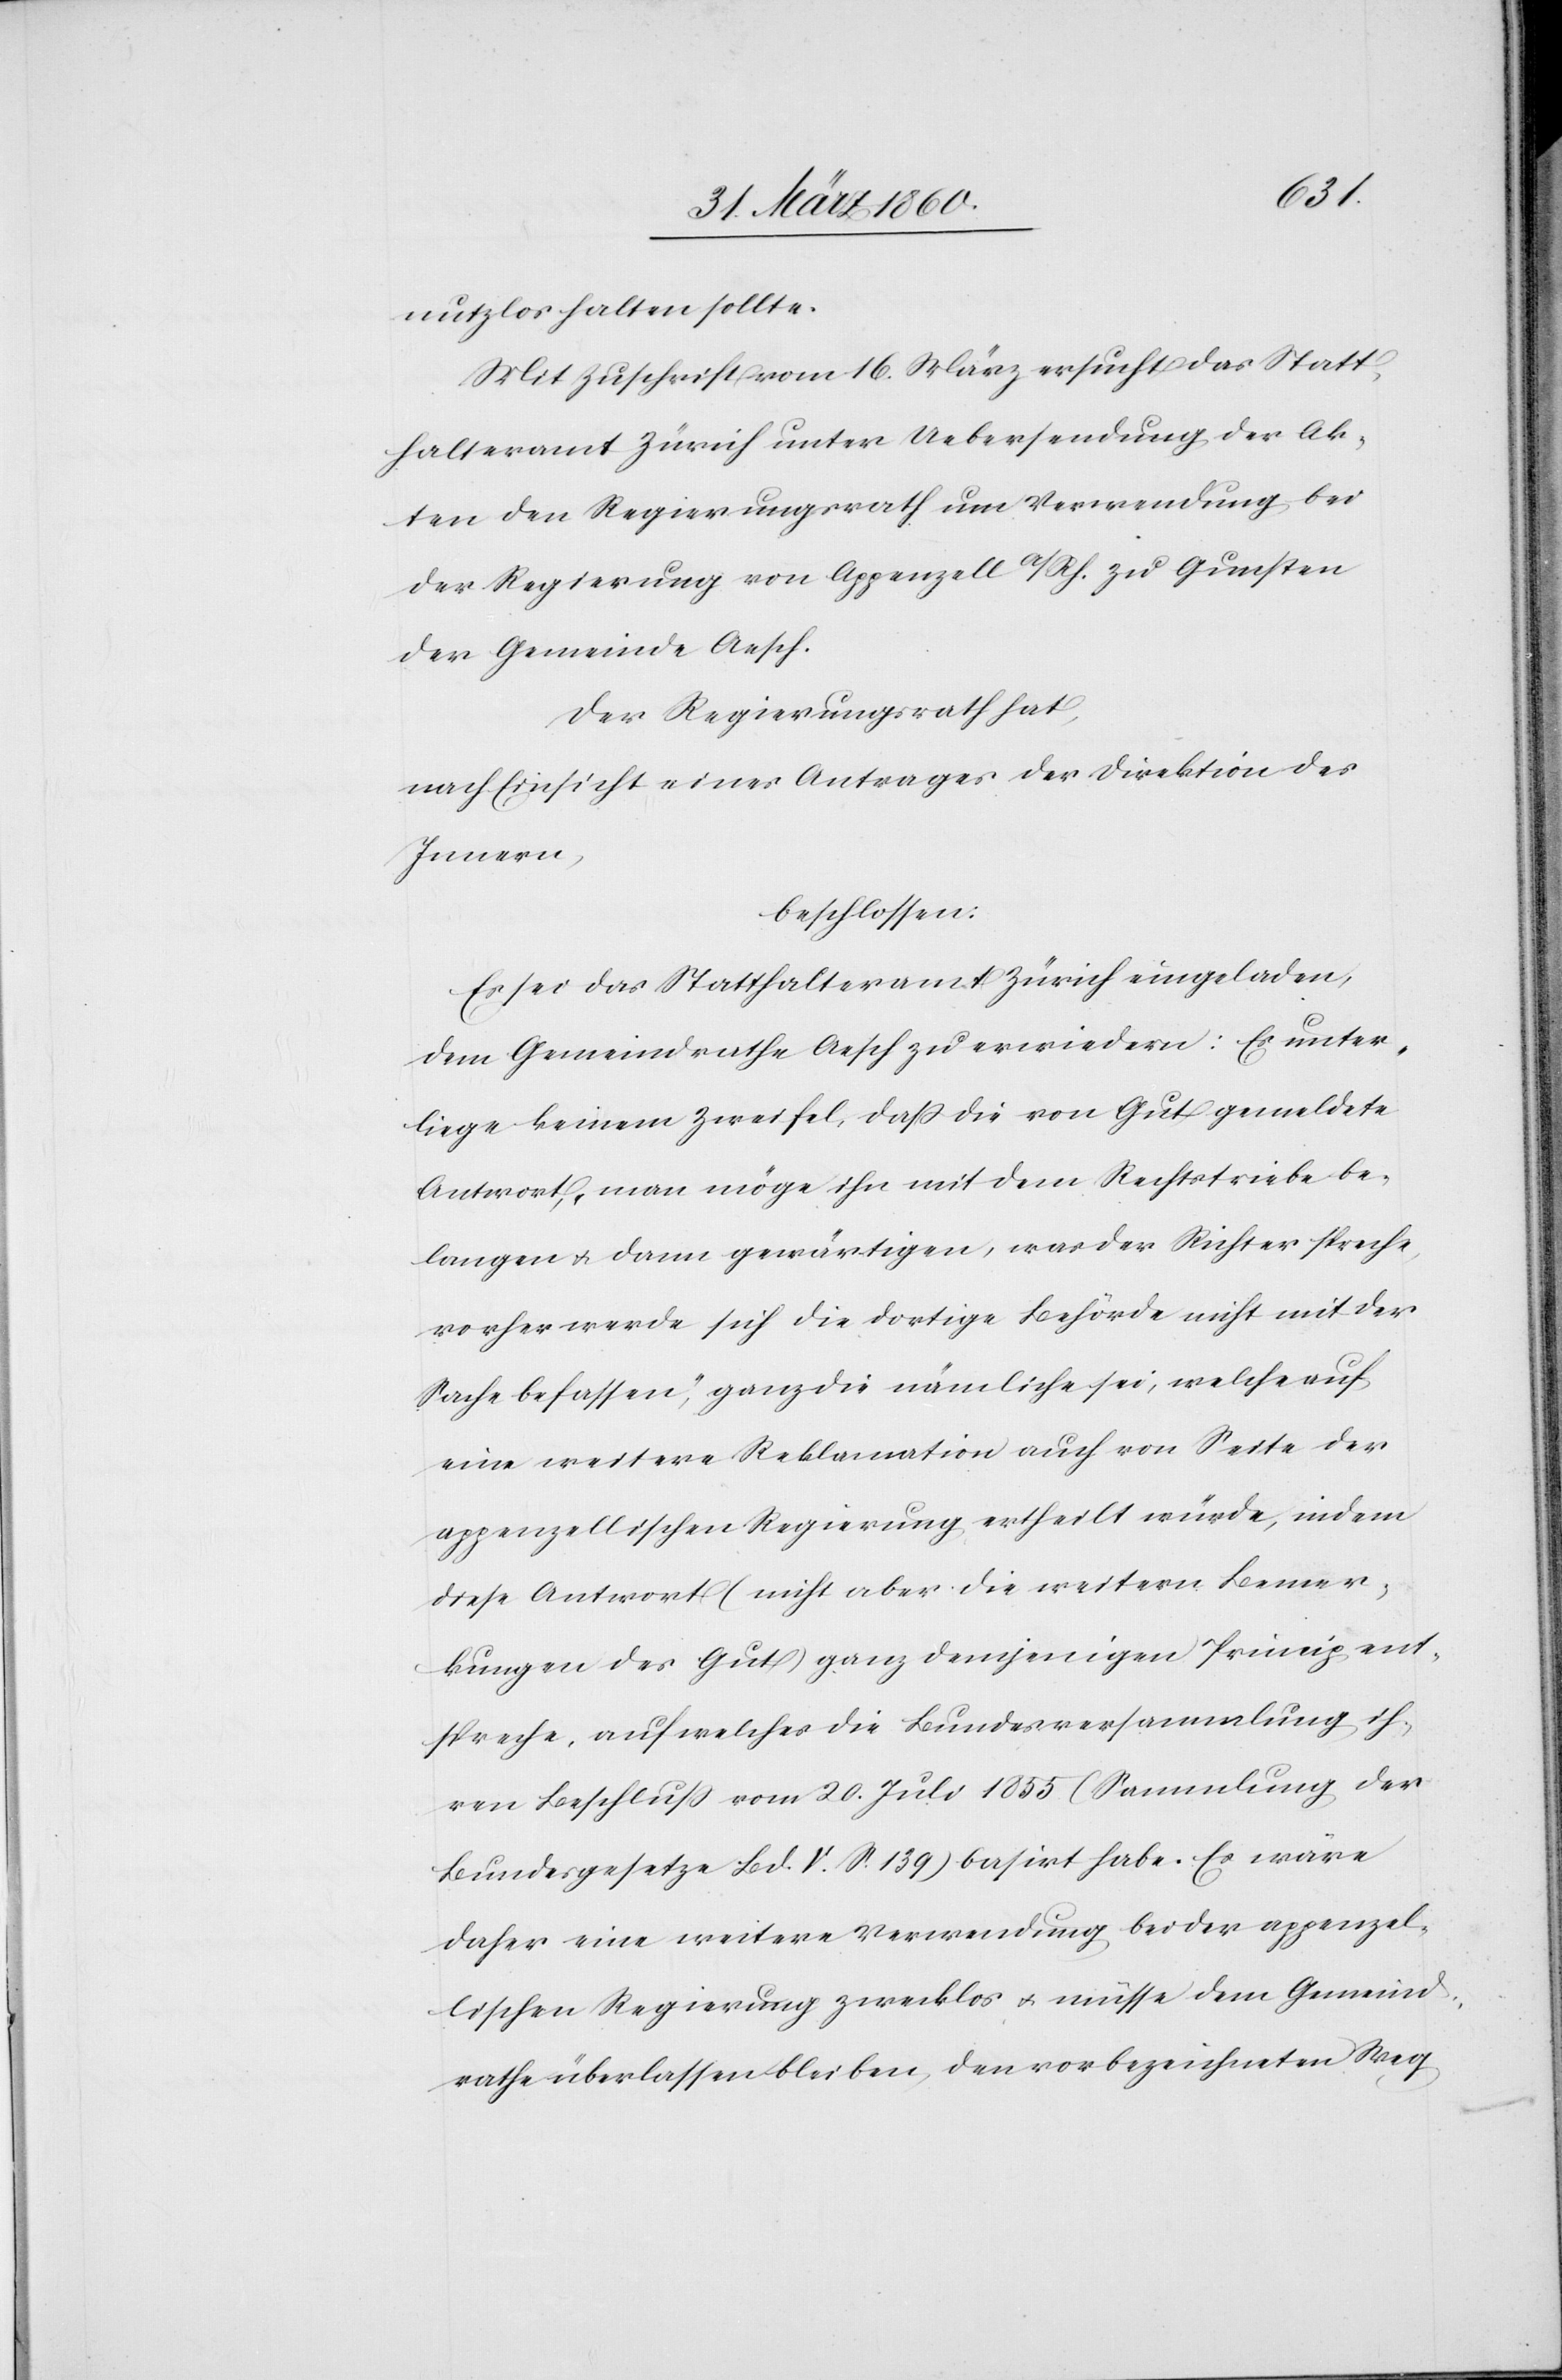
nutzlos halten sollte.
Mit Zuschrift vom 16. März versucht das Statt¬
halteramt Zürich unter Uebersendung der Ak¬
ten den Regierungsrath um Verwendung bei
der Regierung von Appenzell a/Rh. zu Gunsten
der Gemeinde Aesch.
Der Regierungsrath hat,
nach Einsicht eines Antrages der Direktion des
Innern,
beschlossen:
Es sei das Statthalteramt Zürich eingeladen,
dem Gemeindrathe Aesch zu erwiedern: [„]Es unter¬
liege keinem Zweifel, dass die von Gut gemeldete
Antwort, man möge ihn mit dem Rechtstriebe be¬
langen u. dann gewärtigen, was der Richter spreche,
vorher werde sich die dortige Behörde nicht mit der
Sache befassen“, ganz die nämliche sei, welche auf
eine weitere Reklamation auch von Seite der
appenzellischen Regierung ertheilt würde, indem
diese Antwort (nicht aber die weitern Bemer¬
kungen des Gut) ganz demjenigen Princip ent¬
spreche, auf welche die Bundesversammlung ih¬
ren Beschluss vom 20. Juli 1855 (Sammlung der
Bundesgesetze Bd. V. S. 139) basirt habe. Es wäre
daher êine weitere Verwendung bei der appenzel¬
lischen Regierung zwecklos u. müsse dem Gemeind¬
rathe überlassen bleiben, den vorbezeichneten Weg